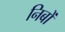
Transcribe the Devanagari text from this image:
निबों